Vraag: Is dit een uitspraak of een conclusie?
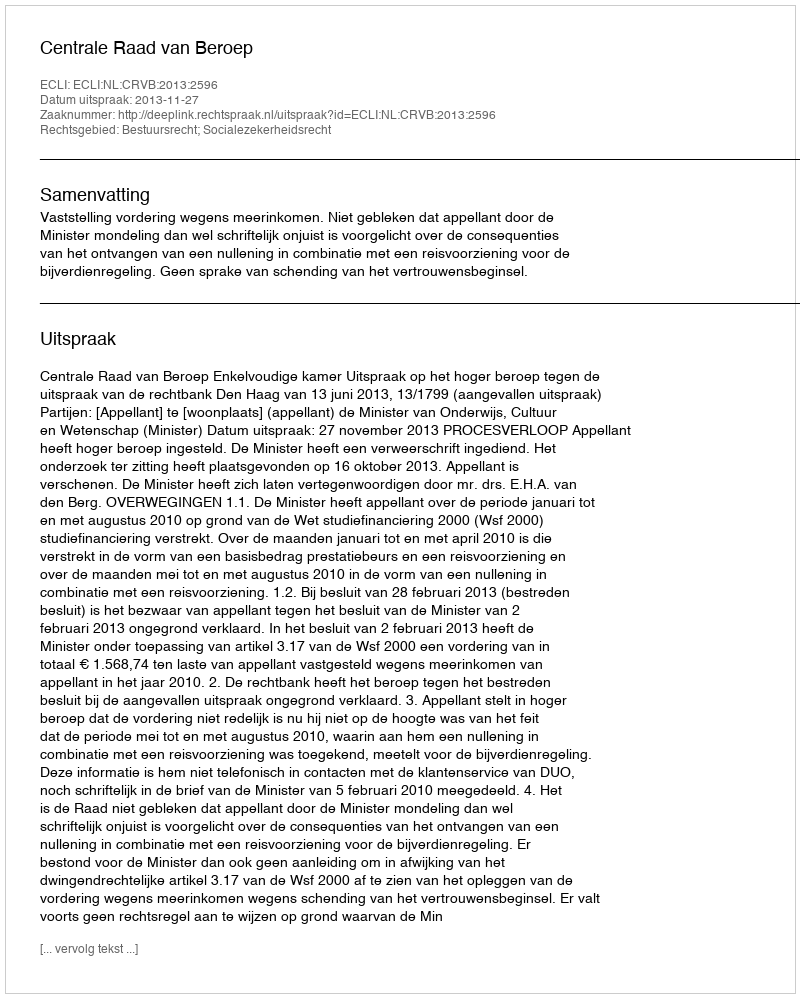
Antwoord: Uitspraak